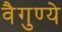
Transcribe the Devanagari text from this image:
वैगुण्ये